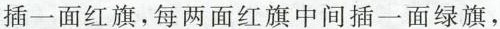
插一面红旗，每两面红旗中间插一面绿旗，